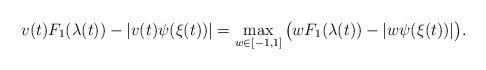
LaTeX: \begin{align*} v(t) F_1(\lambda(t)) - |v(t) \psi(\xi(t))|=\max_{w\in[-1,1]} \big(w F_1(\lambda(t)) - |w \psi(\xi(t))| \big) .\end{align*}